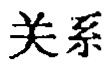
关系